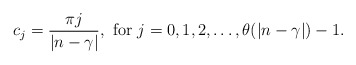
\begin{align*}c_j=\frac{\pi j}{|n-\gamma|}, \ {\rm for}\ j=0,1,2,\ldots, \theta(|n-\gamma|)-1.\end{align*}